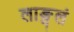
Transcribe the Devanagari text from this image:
लाङ्गलं